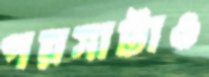
পয়সাটাও